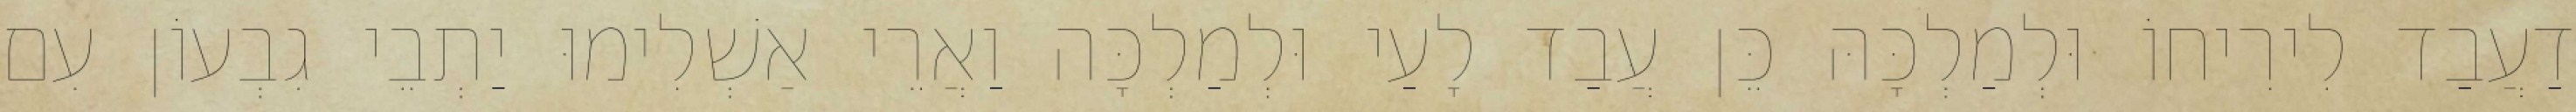
דַעֲבַד לִירִיחוֹ וּלְמַלְכָּהּ כֵּן עֲבַד לָעַי וּלְמַלְכָּה וַאֲרֵי אַשְׁלִימוּ יַתְבֵי גִבְעוֹן עִם